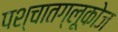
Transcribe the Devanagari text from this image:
पश्चातग्लूकोज